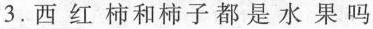
3.西红柿和柿子都是水果吗